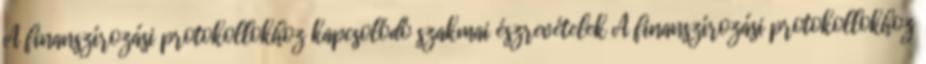
A finanszírozási protokollokhoz kapcsolódó szakmai észrevételek A finanszírozási protokollokhoz